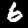
Digit: 6